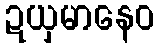
ဍယှမာနေဝ